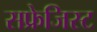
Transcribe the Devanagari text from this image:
सफ्रेजिस्ट